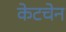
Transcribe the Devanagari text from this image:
केटचेन